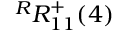
{ } ^ { R } { R } _ { 1 { 1 } } ^ { { + } } ( { 4 } )